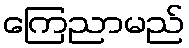
ကြေညာမည်